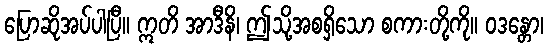
ပြောဆိုအပ်ပါပြီ။ ဣတိ အာဒီနိ၊ ဤသို့အစရှိသော စကားတို့ကို။ ဝဒန္တော၊